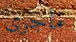
ماجرى